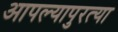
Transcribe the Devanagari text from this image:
आपल्यापुरत्या